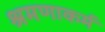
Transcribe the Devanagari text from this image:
श्रमणाकर्म